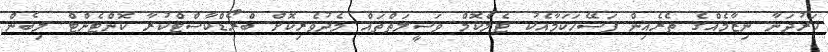
ހަރުދަނާ ނިޒާމެއްގެ ތެރެއިން ފަސޭހަކަމާއެކު ޓެލެކޮމް ވަސީލަތްތައް މެދުވެރިކޮށް ބްރޯޑްކާސްޓްކުރާ ކޮންޓެންޓް ލިބެން